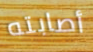
أصابته